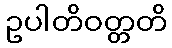
ဥပါတိဝတ္တတိ